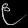
Digit: ၉